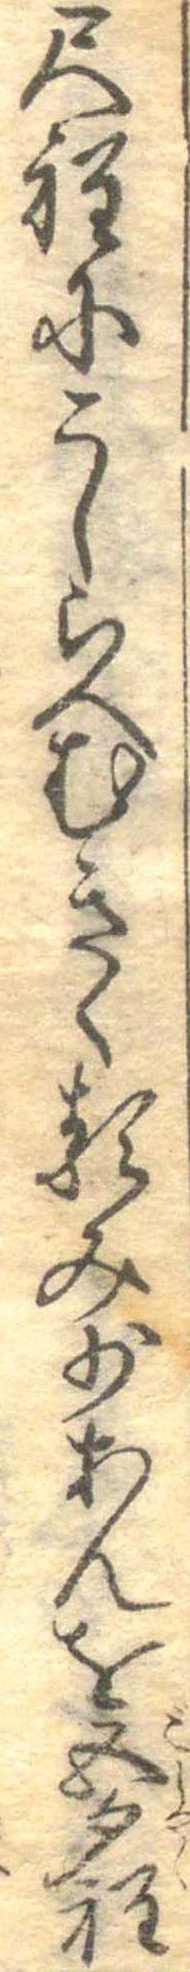
尺程にこしらへむきくるみ少あんを五勺程